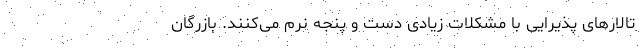
تالارهای پذیرایی با مشکلات زیادی دست و پنجه نرم می‌کنند. بازرگان